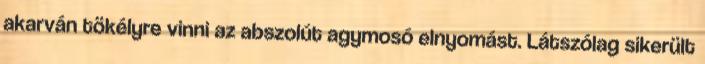
akarván tökélyre vinni az abszolút agymosó elnyomást. Látszólag sikerült